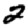
Digit: 2